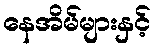
နေအိမ်များနှင့်